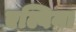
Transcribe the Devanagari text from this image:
एल्बिना